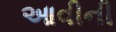
આવીની